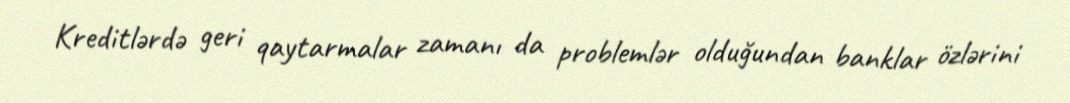
Kreditlərdə geri qaytarmalar zamanı da problemlər olduğundan banklar özlərini